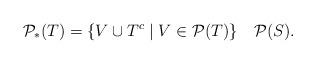
LaTeX: \begin{align*}\mathcal P_{*}(T) = \{V\cup T^{c}\mid V\in \mathcal P(T)\}\,\ \,\ \mathcal P(S). \end{align*}